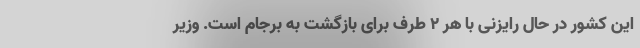
این کشور در حال رایزنی با هر 2 طرف برای بازگشت به برجام است. وزیر